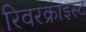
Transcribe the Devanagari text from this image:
रिवरक्राइस्ट